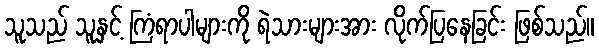
သူသည် သူနှင့် ကြံရာပါများကို ရဲသားများအား လိုက်ပြနေခြင်း ဖြစ်သည်။